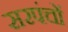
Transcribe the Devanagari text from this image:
सरपंचों